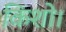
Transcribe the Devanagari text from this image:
किशो।